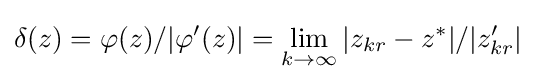
\delta (z)=\varphi (z)/|\varphi '(z)|=\lim _{k\to \infty }|z_{kr}-z^{*}|/|z'_{kr}|